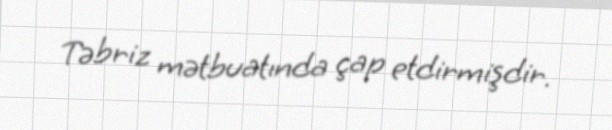
Təbriz mətbuatında çap etdirmişdir.